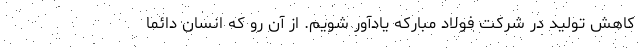
کاهش تولید در شرکت فولاد مبارکه یادآور شویم. از آن رو که انسان دائماً